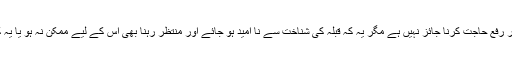
مسئلہ 73: اگر مکلف قبلہ کو نہ جانتا ہو تو احتیاط واجب کی بنا پر رفع حاجت کرنا جائز نہیں ہے مگر یہ کہ قبلہ کی شناخت سے نا امید ہو جائے اور منتظر رہنا بھی اس کے لیے ممکن نہ ہو یا یہ کہ انتظار کرنا اس کے لیے بہت زیادہ سختی یا ضرر کا سبب ہو۔